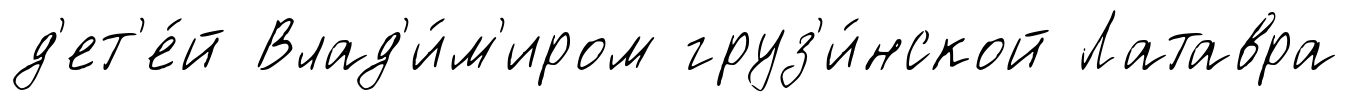
д'ет'е́й Влад'и́м'иром груз'и́нской Латавра